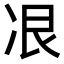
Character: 𫥋